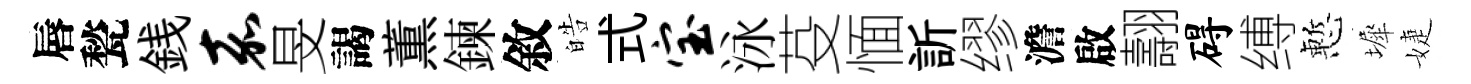
唇甃銭嘉旻謁薫鍊敘皓式宝泳芟愐訢缪澹啟翿碍缚慙墀婕